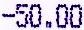
-50.00